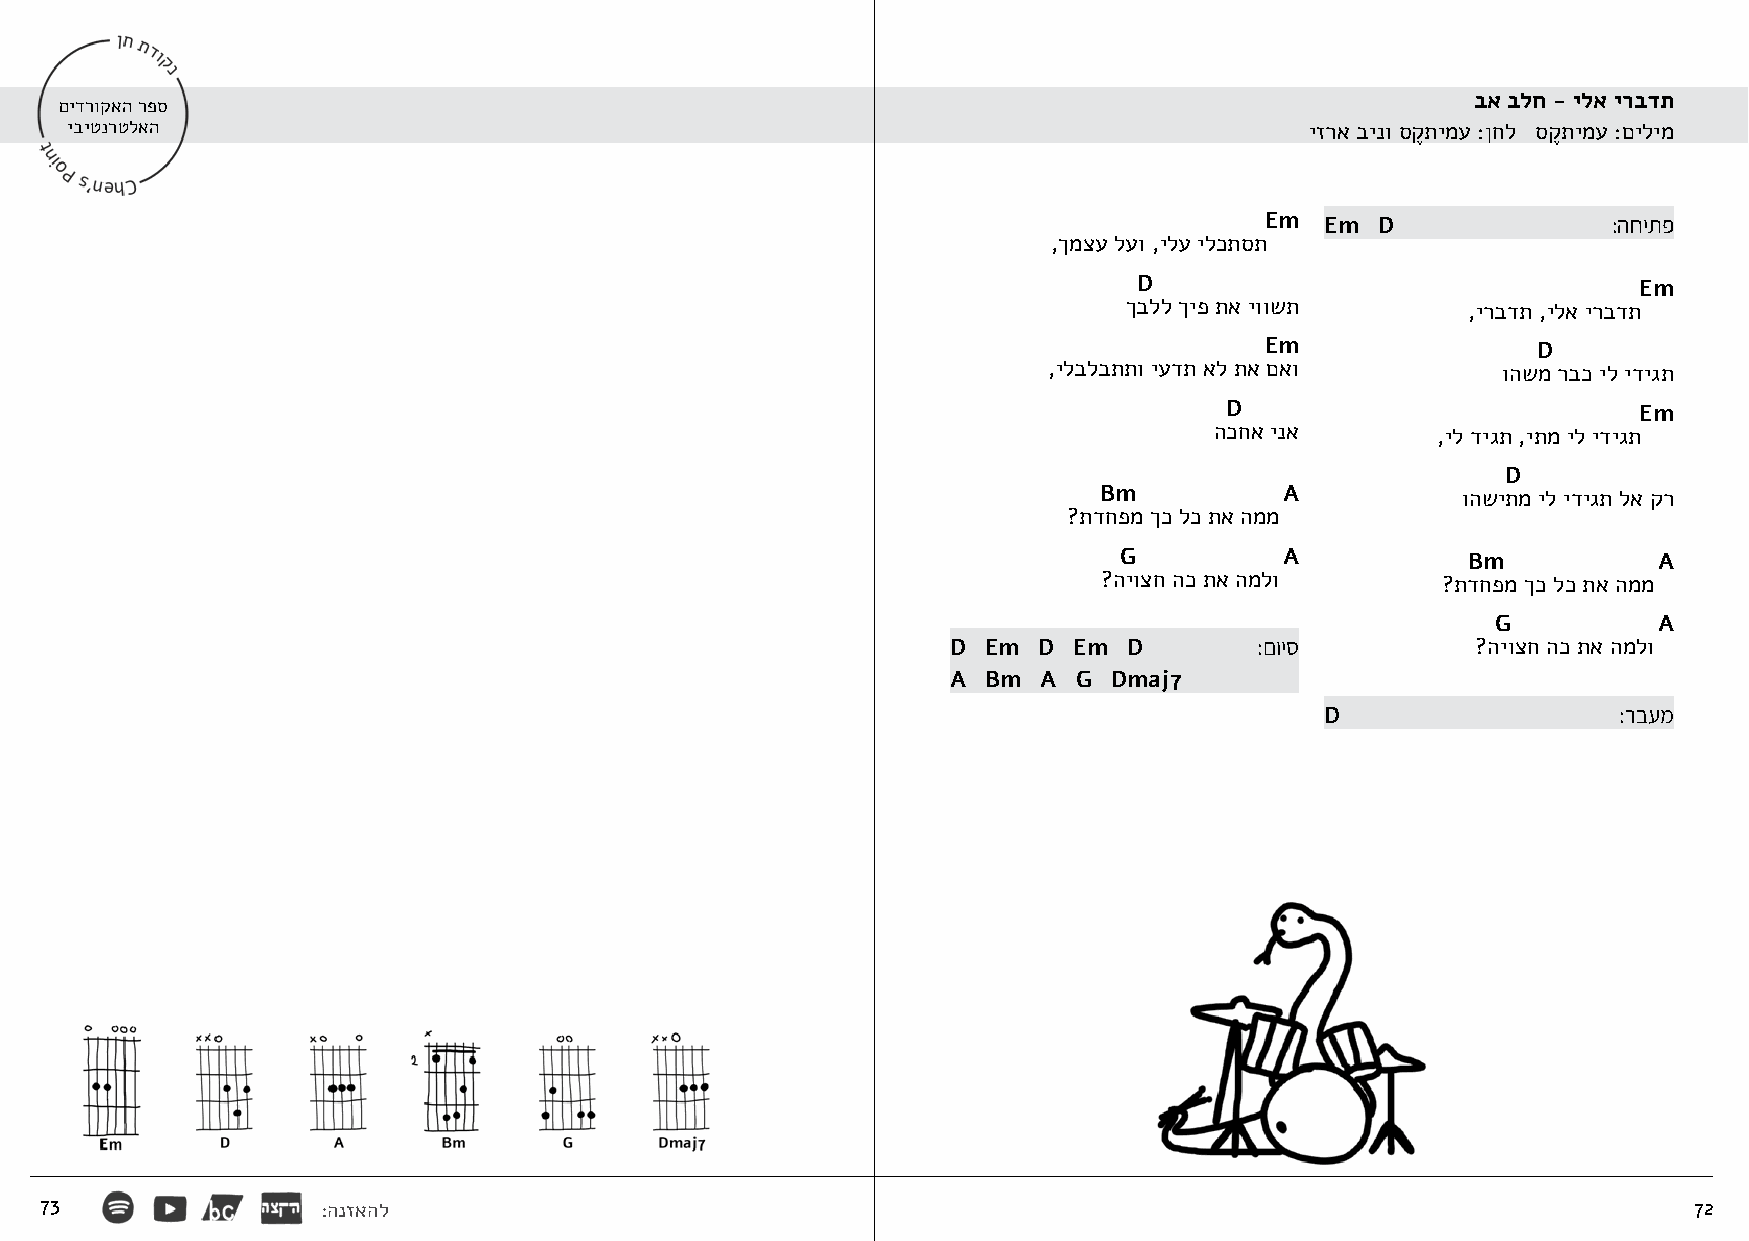
בא בלח - ילא ירבדת
 םידרוקאה רפס
 יביטנרטלאה                                                                         יזרא בינו סקֶ תימע :ןחל סקֶ תימע :םילימ
 Em  Em D               :החיתפ
 ,ךמצע לעו ,ילע ילכתסת
 D                                Em
 ךבלל ךיפ תא יוושת      ,ירבדת ,ילא ירבדת
 Em                D
 ,ילבלבתתו יעדת אל תא םאו      והשמ רבכ יל ידיגת
 D                          Em
 הכחא ינא       ,יל דיגת ,יתמ יל ידיגת
 D
 Bm          A           והשיתמ יל ידיגת לא קר
 ?תדחפמ ךכ לכ תא הממ
 G          A           Bm           A
 ?היוצח הכ תא המלו     ?תדחפמ ךכ לכ תא הממ
 G          A
 D Em  D Em  D       :םויס          ?היוצח הכ תא המלו
 A Bm  A G  Dmaj7
 D                  :רבעמ
 73                :הנזאהל                                                                                    72